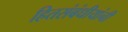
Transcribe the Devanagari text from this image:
हितसंबंधीयांनी